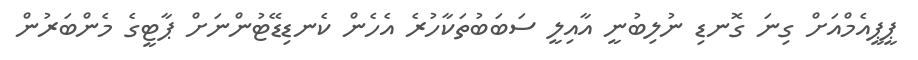
ޕީޕީއެމްއަށް ގިނަ ގޮނޑި ނުލިބުނީ އާއިލީ ސަބަބުތަކާހުރެ އެހެން ކެނޑިޑޭޓުންނަށް ޕާޓީގެ މެންބަރުން